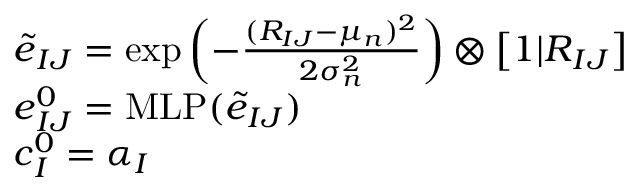
\begin{array} { r l } & { { \boldsymbol { \widetilde { e } } } _ { I J } = \exp \left( - \frac { ( R _ { I J } - \mu _ { n } ) ^ { 2 } } { 2 \sigma _ { n } ^ { 2 } } \right) \otimes \left[ 1 | { \boldsymbol { R } } _ { I J } \right] } \\ & { { \boldsymbol { e } } _ { I J } ^ { 0 } = \mathrm { M L P } ( { \boldsymbol { \widetilde { e } } } _ { I J } ) } \\ & { { \boldsymbol { c } } _ { I } ^ { 0 } = { \boldsymbol { \alpha } } _ { I } } \end{array}